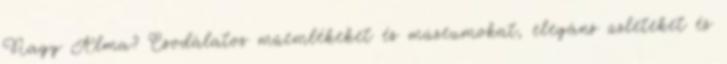
Nagy Alma? Csodálatos műemlékeket és múzeumokat, elegáns üzleteket és